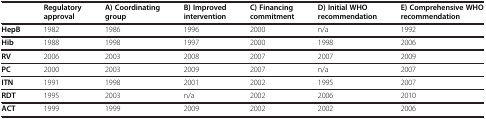
<table><thead><tr><td><b> </b></td><td><b>Regulatory approval</b></td><td><b>A) Coordinating group</b></td><td><b>B) Improved intervention</b></td><td><b>C) Financing commitment</b></td><td><b>D) Initial WHO recommendation</b></td><td><b>E) Comprehensive WHO recommendation</b></td></tr></thead><tbody><tr><td><b>HepB</b></td><td>1982</td><td>1986</td><td>1996</td><td>2000</td><td>n/a</td><td>1992</td></tr><tr><td><b>Hib</b></td><td>1988</td><td>1998</td><td>1997</td><td>2000</td><td>1998</td><td>2006</td></tr><tr><td><b>RV</b></td><td>2006</td><td>2003</td><td>2008</td><td>2007</td><td>2007</td><td>2009</td></tr><tr><td><b>PC</b></td><td>2000</td><td>2003</td><td>2009</td><td>2007</td><td>n/a</td><td>2007</td></tr><tr><td><b>ITN</b></td><td>1991</td><td>1998</td><td>2001</td><td>2002</td><td>1995</td><td>2007</td></tr><tr><td><b>RDT</b></td><td>1995</td><td>2003</td><td>n/a</td><td>2002</td><td>2006</td><td>2010</td></tr><tr><td><b>ACT</b></td><td>1999</td><td>1999</td><td>2009</td><td>2002</td><td>2002</td><td>2006</td></tr></tbody></table>